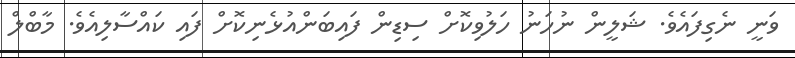
ވަނީ ނެގިފައެވެ. ޝަލީން ނުހަނު ހަލުވިކޮށް ސިޑިން ފައިބަންއުޅެނިކޮށް ފައި ކައްސާލިއެވެ. މާބްލް